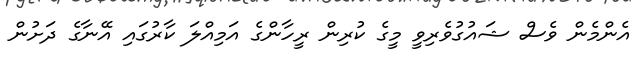
އެންމެން ވެސް ޝައުގުވެރިވީ މީގެ ކުރިން ރީހާންގެ އަމިއްލަ ކާރުގައި އޭނާގެ ދަށުން